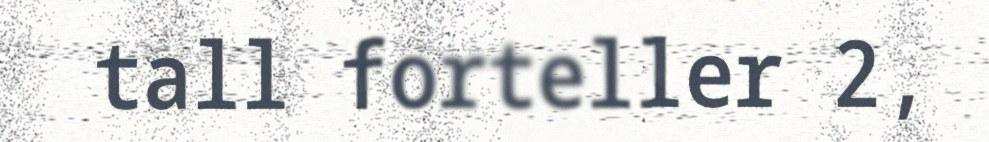
tall forteller 2,